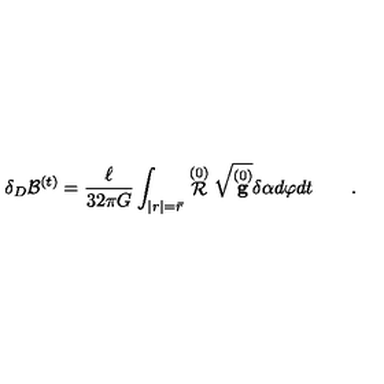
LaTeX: \delta _ { D } { \cal B } ^ { ( t ) } = \frac \ell { 3 2 \pi G } \int _ { | r | = \bar { r } } \stackrel { ( 0 ) } { \cal R } \sqrt { \stackrel { ( 0 ) } { \bf g } } \delta \alpha d \varphi d t \qquad .